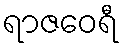
ရာဇဝေရီ